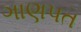
ગાણપત